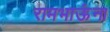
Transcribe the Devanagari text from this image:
रामभाऊंना